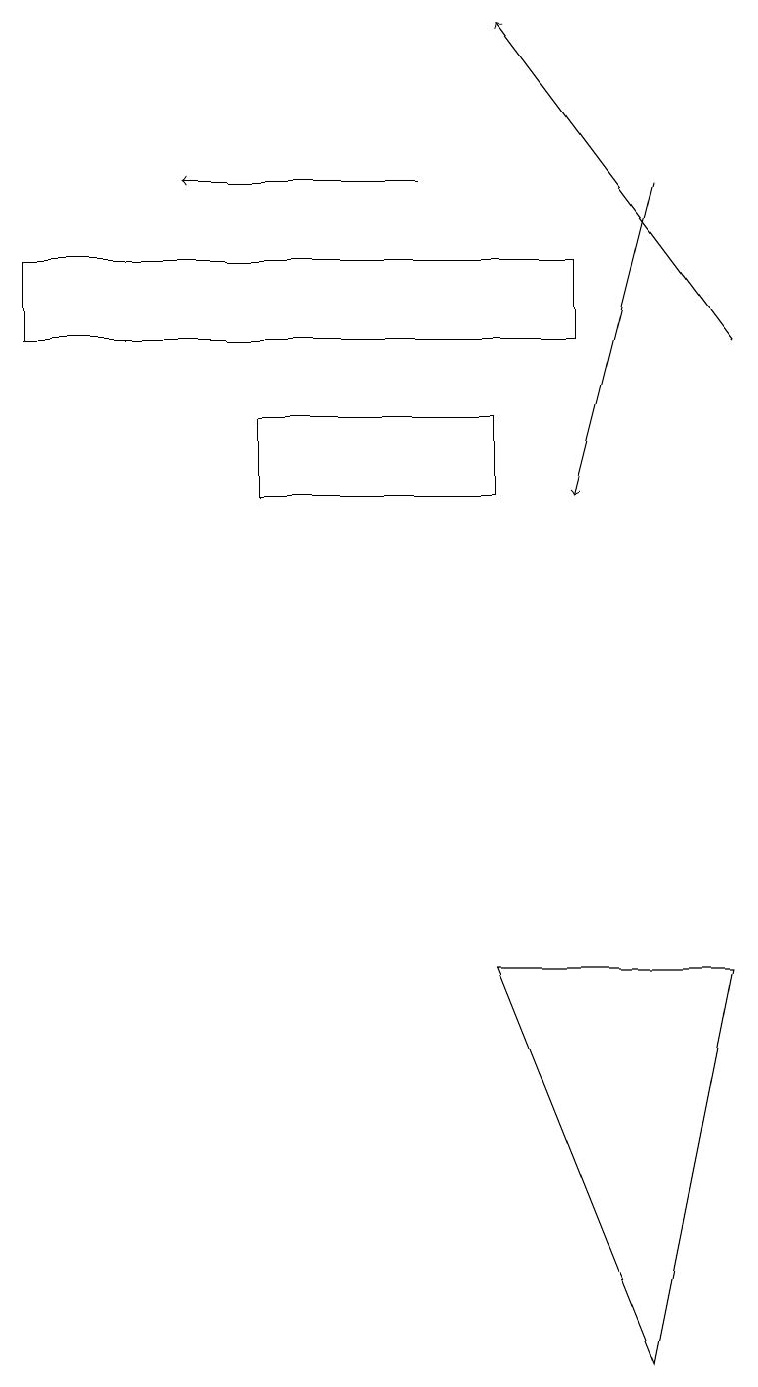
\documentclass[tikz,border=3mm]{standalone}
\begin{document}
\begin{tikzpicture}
\draw[->] (8,16) -- (7,12);
\draw (6,13) rectangle (3,12);
\draw[->] (5,16) -- (2,16);
\draw (8,1) -- (9,6) -- (6,6) -- cycle;
\draw (0,14) rectangle (7,15);
\draw[->] (9,14) -- (6,18);
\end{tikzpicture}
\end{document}